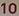
10